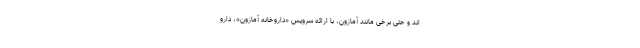
اند و حتی برخی مانند آمازون، با ارائه سرویس «داروخانه آمازون»، دارو